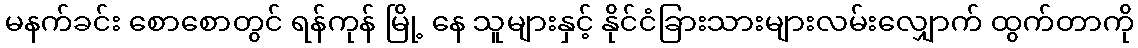
မနက်ခင်း စောစောတွင် ရန်ကုန် မြို့ နေ သူများနှင့် နိုင်ငံခြားသားများလမ်းလျှောက် ထွက်တာကို